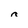
Character: n